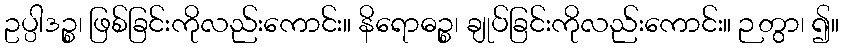
ဥပ္ပါဒဉ္စ၊ ဖြစ်ခြင်းကိုလည်းကောင်း။ နိရောဓဉ္စ၊ ချုပ်ခြင်းကိုလည်းကောင်း။ ဉတွာ၊ ၍။